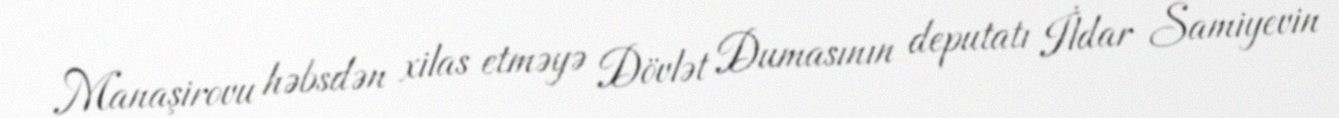
Manaşirovu həbsdən xilas etməyə Dövlət Dumasının deputatı İldar Samiyevin